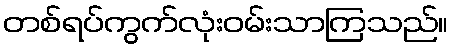
တစ်ရပ်ကွက်လုံးဝမ်းသာကြသည်။